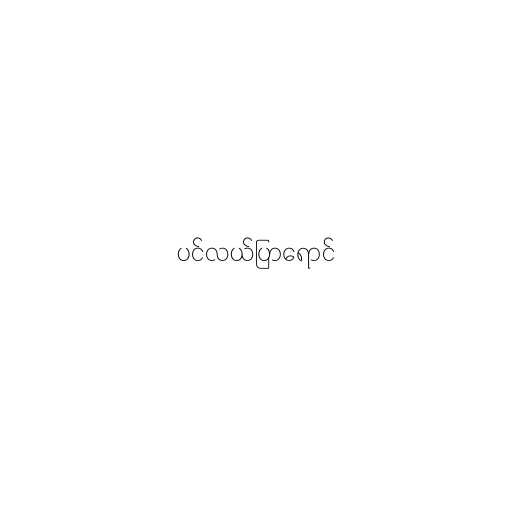
ပင်လယ်ပြာရောင်